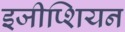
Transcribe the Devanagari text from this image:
इजीप्शियन